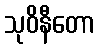
သုဝိနီတော